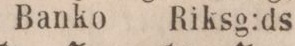
Banko    Riksg:ds